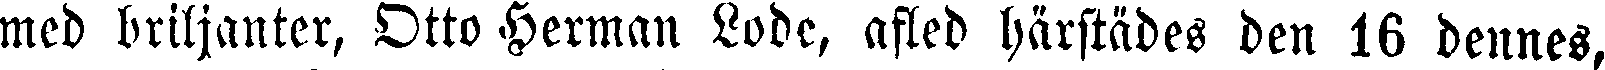
med briljanter, Otto Herman Lode, afled härstädes den 16 dennes,